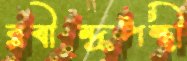
রবীন্দ্রপন্থী